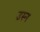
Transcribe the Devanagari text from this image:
उस्न